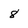
Character: 8